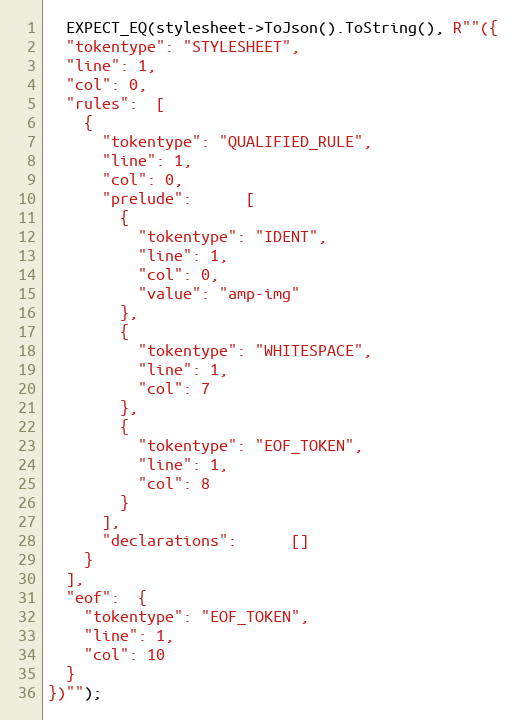
Language: C++
  EXPECT_EQ(stylesheet->ToJson().ToString(), R""({
  "tokentype": "STYLESHEET",
  "line": 1,
  "col": 0,
  "rules":  [
    {
      "tokentype": "QUALIFIED_RULE",
      "line": 1,
      "col": 0,
      "prelude":      [
        {
          "tokentype": "IDENT",
          "line": 1,
          "col": 0,
          "value": "amp-img"
        },
        {
          "tokentype": "WHITESPACE",
          "line": 1,
          "col": 7
        },
        {
          "tokentype": "EOF_TOKEN",
          "line": 1,
          "col": 8
        }
      ],
      "declarations":      []
    }
  ],
  "eof":  {
    "tokentype": "EOF_TOKEN",
    "line": 1,
    "col": 10
  }
})"");